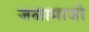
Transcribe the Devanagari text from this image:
जळामाजी